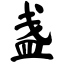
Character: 盏